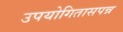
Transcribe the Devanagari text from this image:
उपयोगितासपन्न